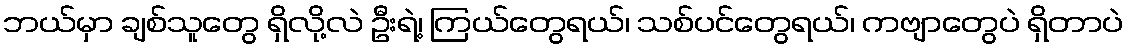
ဘယ်မှာ ချစ်သူတွေ ရှိလို့လဲ ဦးရဲ့၊ ကြယ်တွေရယ်၊ သစ်ပင်တွေရယ်၊ ကဗျာတွေပဲ ရှိတာပဲ